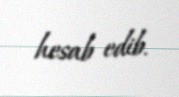
hesab edib.